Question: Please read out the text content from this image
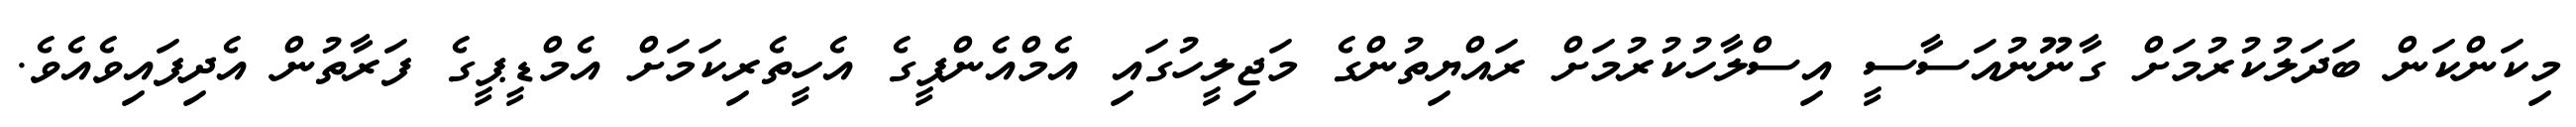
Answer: މިކަންކަން ބަދަލުކުރުމަށް ގާނޫނުއަސާސީ އިސްލާހުކުރުމަށް ރައްޔިތުންގެ މަޖިލީހުގައި އެމްއެންޕީގެ އެހީތެރިކަމަށް އެމްޑީޕީގެ ފަރާތުން އެދިފައިވެއެވެ.